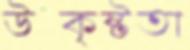
উত্কৃষ্টতা